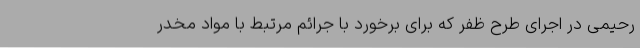
رحیمی در اجرای طرح ظفر که برای برخورد با جرائم مرتبط با مواد مخدر